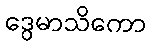
ဒွေမာသိကော